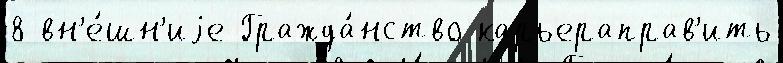
8 вн'е́шн'иjе Гражда́нство карьераправ'ить